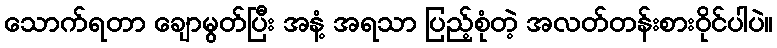
သောက်ရတာ ချောမွတ်ပြီး အနံ့ အရသာ ပြည့်စုံတဲ့ အလတ်တန်းစားဝိုင်ပါပဲ။